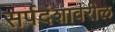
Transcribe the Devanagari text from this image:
सर्पदंशावरील